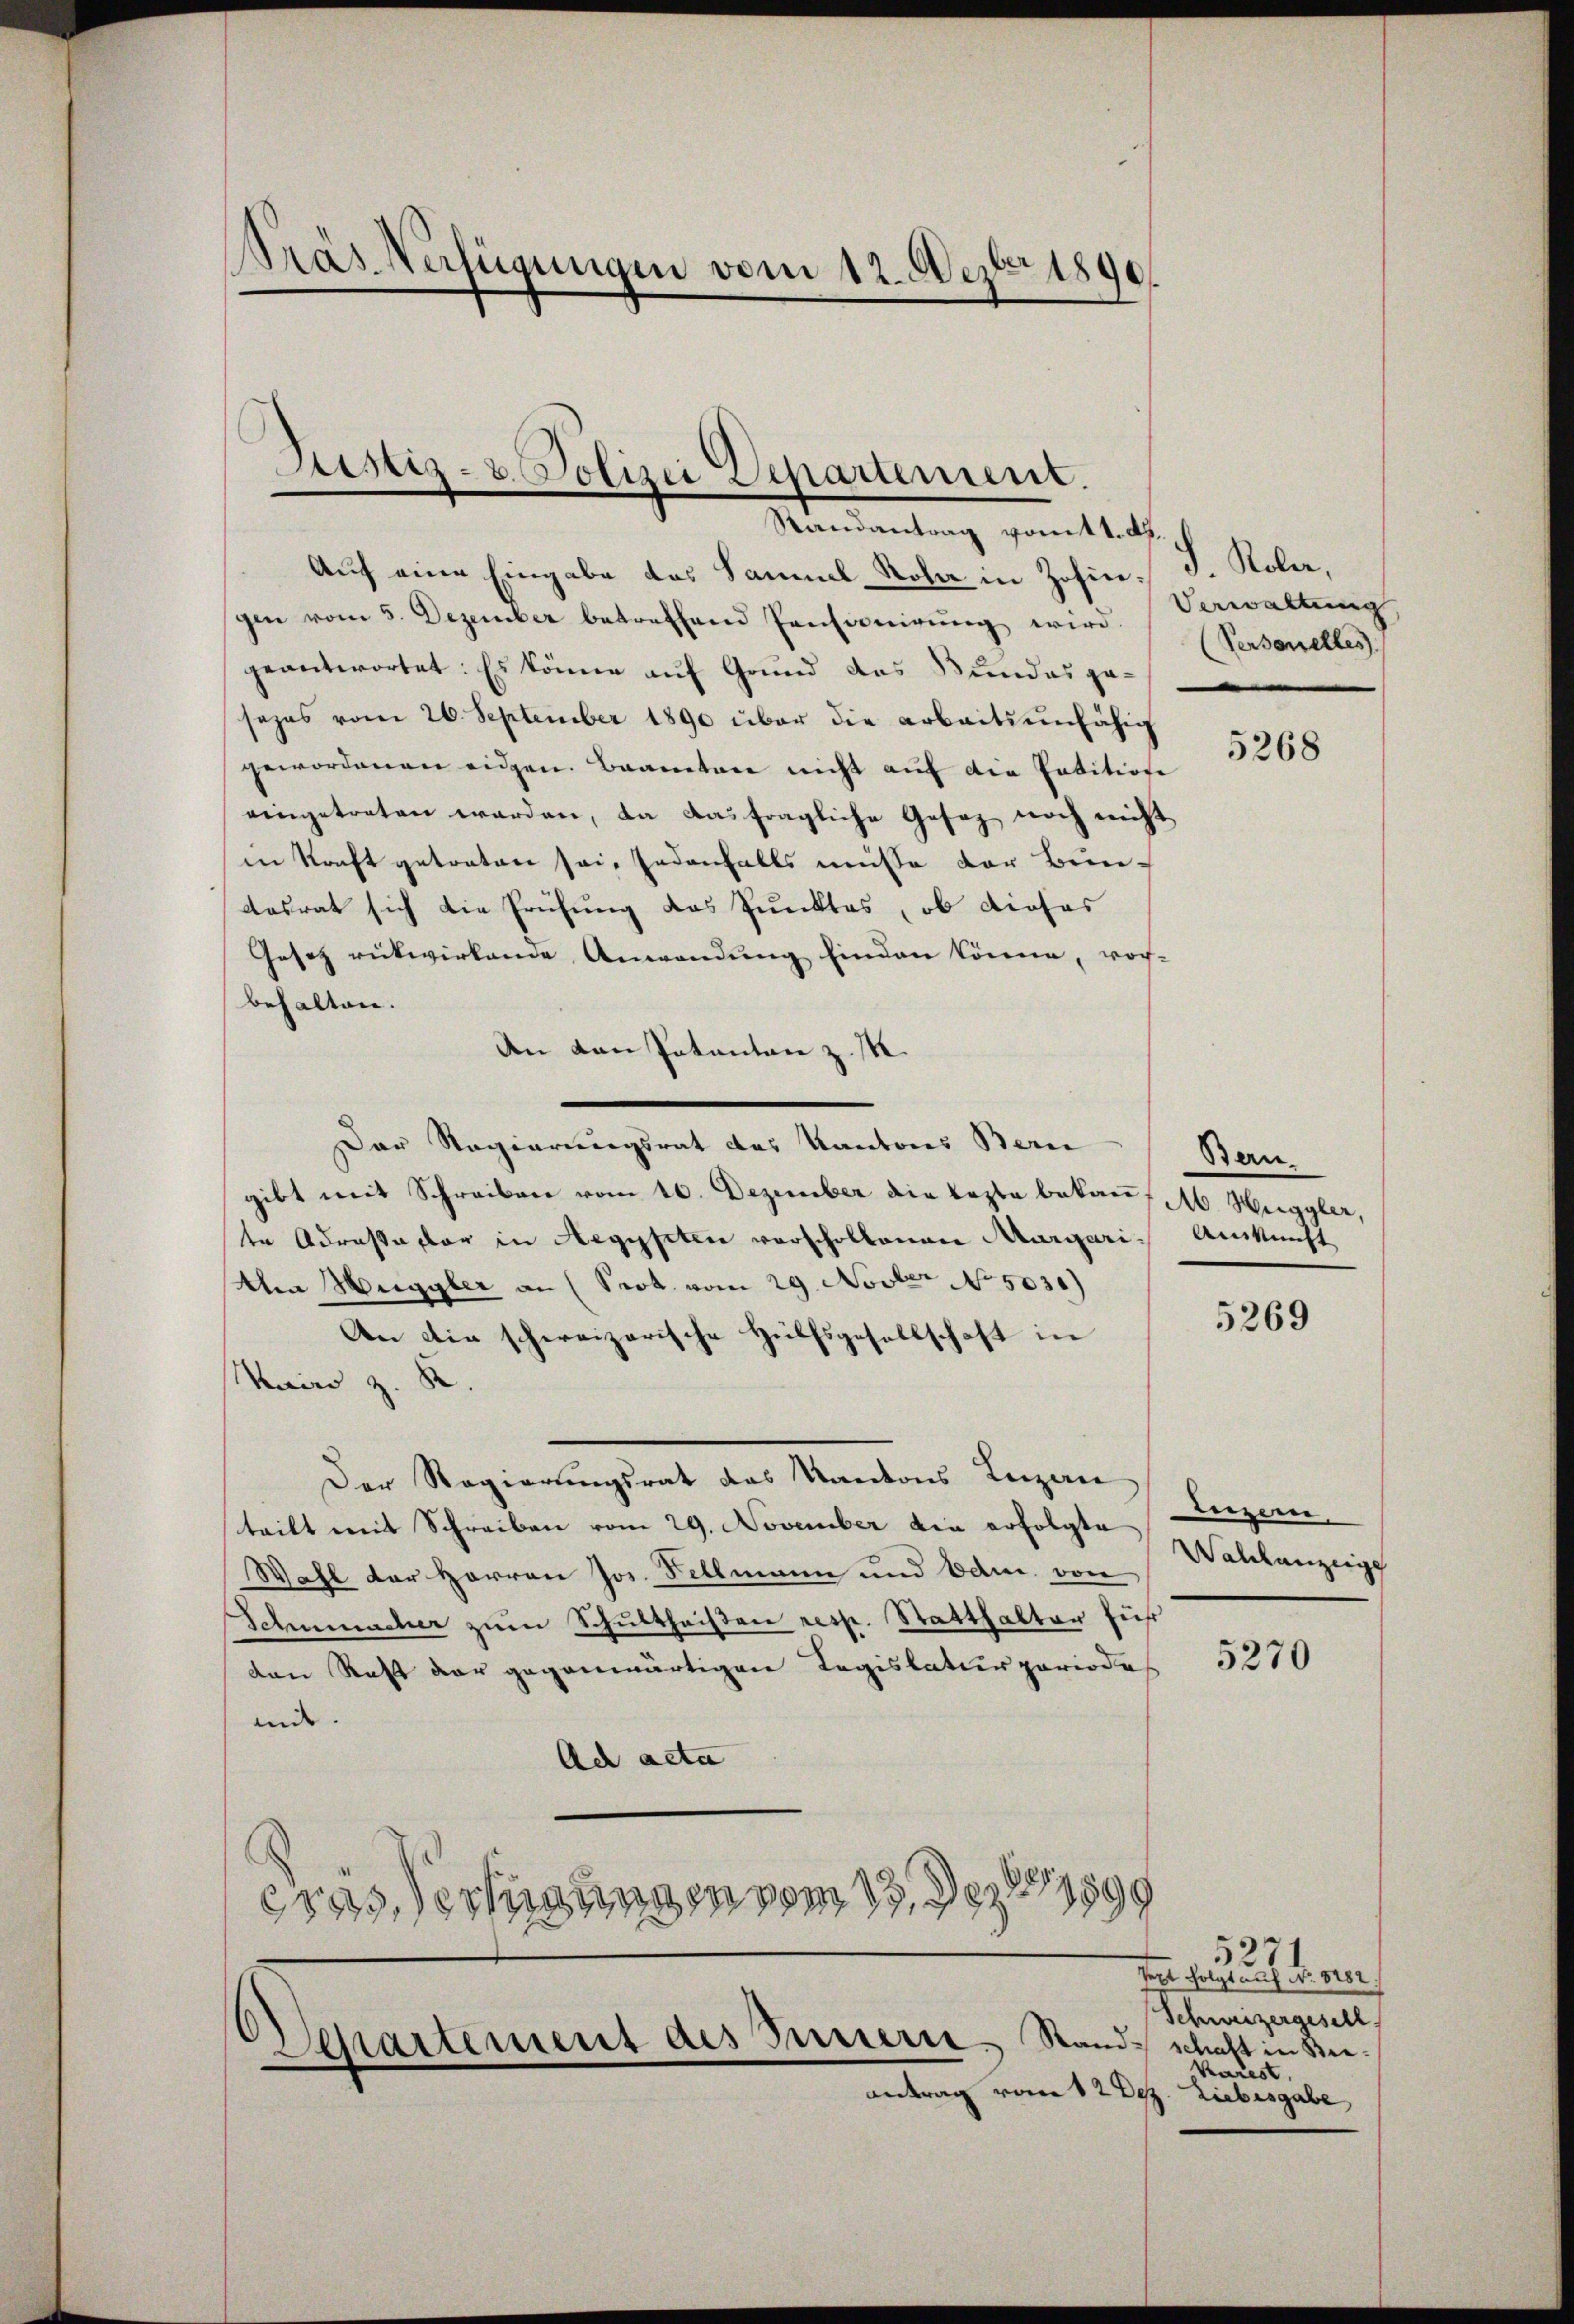
Pras Verfügungen vom 12. Dezbr 1890.

Justiz- u. Polizei Departement.

Randantrag vom 11. Ap.
Auf eine Eingabe des Sammel Rola in Zofin. J. Kola,
gen vom 5. Dezember betreffend Pensionirung wird.
geantwortet: Es könne auf Grund das Bundes gesezes vom 26. September 1890 über die arbeitsunfähig
gewordenen eidgen. Beamten nicht auf die Patitione
eingetreten werden, da ausfragliche Gesez noch nicht
in Kraft getreten sei, jedenfalls müsse der Bundosrat sich die Frühung das Punktes, ob dieses
Gesetz rükwirkende Anwendung finden könne, vor-
behalten.
An den Patentan z. M.
Der Regierungsrat des Kantons Bern
gibt mit Schreiben vom 16. Dezember die Lezte bekann M. Heggler,
te Adressa flor in Aegypten vorschollonen Aargau. Auskunft
Alma Muggler an (Serk. vom 29. Novber No. 503.)
An die schweizerische Hülfsgesellschaft in
Kairo z. R.
Der Regierungsrat das Kantons Terzen Luzern
teilt mit Schreiben vom 29. November die erfolgte
Wahl der Herren Jos. Sellmann und Edn. von Wahlanzeige
Schumacher zŭm Schultheißen resp. Statthalter füh
den Rest der gegenwärtigen Legislatur periode
inde. |
Ach acta
.
65/189
erassertigungen vom 13. Dez
.

Dessartement des Busserre Standschaft in See¬
Antrag vom 12 Dez. Liebesgabe

Verwaltung
(Personelles

5268

Bern.

5269

5270

52
Trel folgt auf Nr. 5202.
Schweizergesell
karest,